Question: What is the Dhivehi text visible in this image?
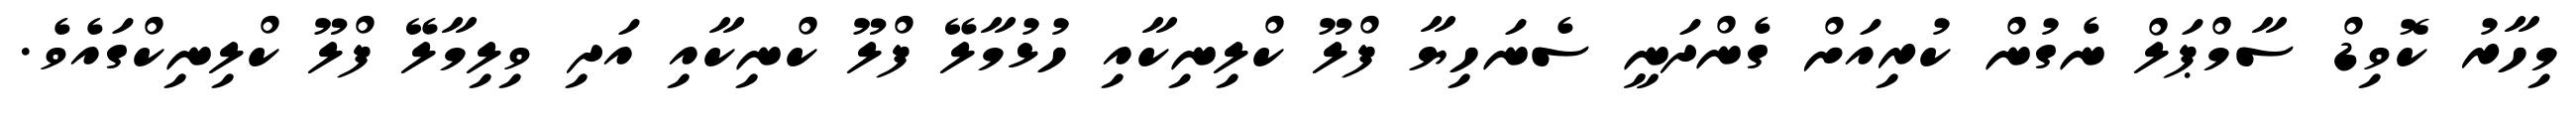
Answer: މިހާރު ކޮވިޑް ސާމްޕަލް ނެގުން ކުރިއަށް ގެންދަނީ ސެނަހިޔާ ފްލޫ ކްލިނިކާއި ހުޅުމާލޭ ފްލޫ ކްނިކާއި އަދި ވިލިމާލޭ ފްލޫ ކްލިނިކްގައެވެ.